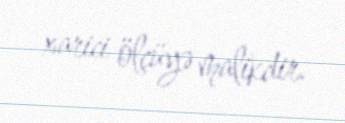
xarici ölçüyə malikdir.